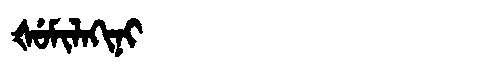
Manchu: ᡧᡠᠮᡳᠯᠠᡴᡳᠨᡳ
Romanization: ŠUMILAKINI